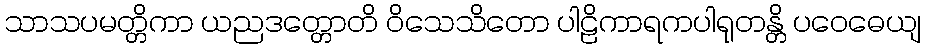
သာသပမတ္တိကာ ယညဒတ္တောတိ ဝိသေသိတော ပါဠိကာရကပါရုတန္တိ ပဝေဓေယျ